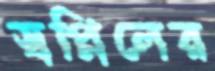
স্বপ্নিলের